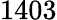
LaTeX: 1403